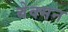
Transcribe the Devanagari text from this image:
बेक्मन